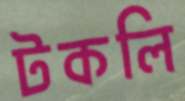
টকলি